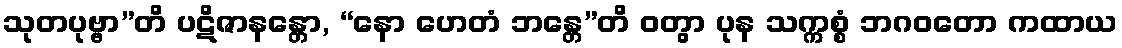
သုတပုဗ္ဗာ”တိ ပဋိဇာနန္တော, “နော ဟေတံ ဘန္တေ”တိ ဝတွာ ပုန သက္ကစ္စံ ဘဂဝတော ကထာယ